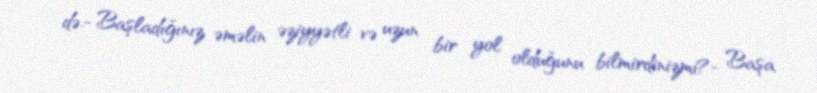
də.- Başladığınız əməlin əziyyətli və uzun bir yol olduğunu bilmirdinizmi?- Başa